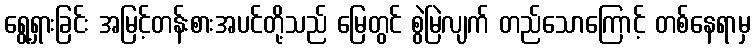
ရွေ့ရှားခြင်း အမြင့်တန်းစားအပင်တို့သည် မြေတွင် စွဲမြဲလျက် တည်သောကြောင့် တစ်နေရာမှ